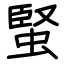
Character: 蜸